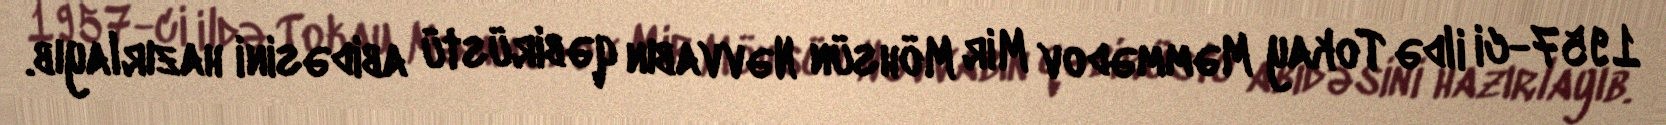
1957-ci ildə Tokay Məmmədov Mir Möhsün Nəvvabın qəbirüstü abidəsini hazırlayıb.